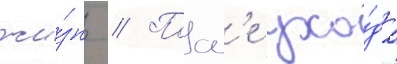
жи́знь // Посл'е ухо́да